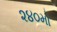
૨૪૦મો